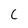
Character: C